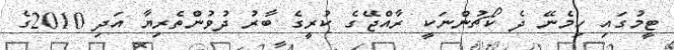
ޓީމުގައި ހިމެނޭ ދެ ކޯޗުންނަކީ ރާއްޖޭގެ ކުރީގެ ބާރު ދުވުންތެރިޔާ އަދި 2010ގެ